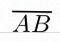
\overline{AB}